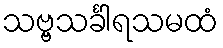
သဗ္ဗသင်္ခါရသမထံ